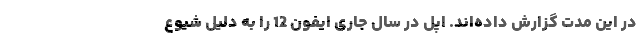
در این مدت گزارش داده‌اند. اپل در سال جاری ایفون 12 را به دلیل شیوع